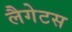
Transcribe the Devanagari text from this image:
लैगेटस